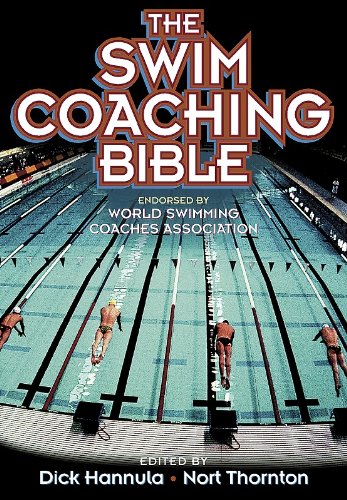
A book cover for The Swim Coaching Bible, Volume I (The Coaching Bible Series); Dick Hannula; Health, Fitness & Dieting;